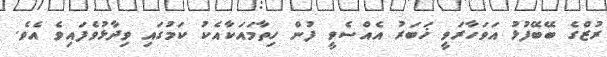
ރުޒްގެ ބޭބޭފުޅު އަވަހާރަވީ ޚަބަރު އެއްސެވީ ފުން ހިތާމައަކާއެކު ކަމުގައި ވިދާޅުވެފައިވެ އެވެ.